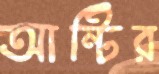
আন্টির